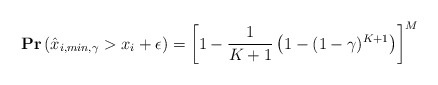
\begin{align*}&\mathbf{Pr}\left(\hat{x}_{i,min,\gamma}> x_i + \epsilon\right)=\left[1-\frac{1}{K+1}\left(1-(1-\gamma)^{K+1}\right)\right]^M\end{align*}